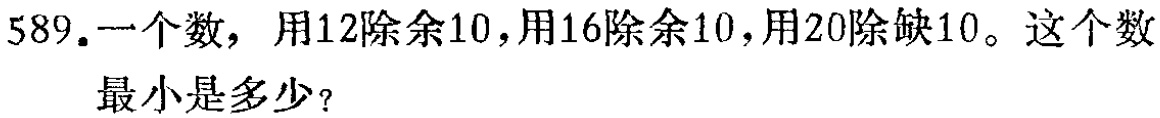
589.一个数，用12除余10，用16除余10，用20除缺10。这个数最小是多少？